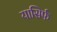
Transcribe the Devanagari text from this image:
यासिर्फ